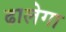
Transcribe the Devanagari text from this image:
ढालेगा